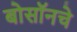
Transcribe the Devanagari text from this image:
बोसॉनचे